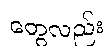
တွေလည်း